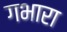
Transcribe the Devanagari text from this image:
गभारा